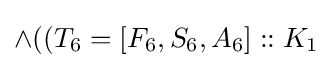
\land ((T_{6}=[F_{6},S_{6},A_{6}]::K_{1}